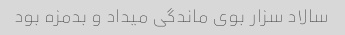
سالاد سزار بوی ماندگی میداد و بدمزه بود